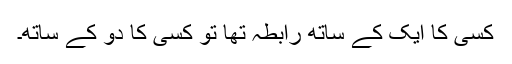
کسی کا ایک کے ساتھ رابطہ تھا تو کسی کا دو کے ساتھ۔